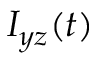
I _ { y z } ( t )